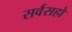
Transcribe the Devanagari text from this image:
सर्वसहो